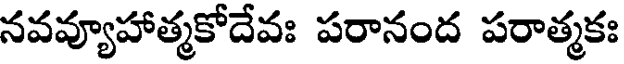
నవవ్యూహాత్మకోదేవః పరానంద పరాత్మకః